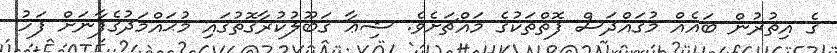
ގެ އިތުރުން ބައެއް މުގައްދަސް ފޮތްތަކުގެ މައްޗަށެވެ. ޝިޢާ ގަބޫލުކުރާގޮތުގައި މުޙައްމަދުގެފާނަށް ފަހު